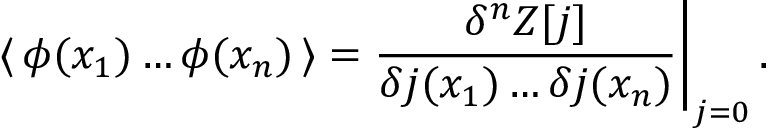
\langle \, \phi ( x _ { 1 } ) \dots \phi ( x _ { n } ) \, \rangle = \frac { \delta ^ { n } { \cal Z } [ j ] } { \delta j ( x _ { 1 } ) \dots \delta j ( x _ { n } ) } \Bigg | _ { j = 0 } \, .